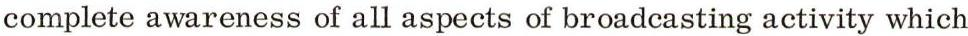
complete awareness of all aspects of broadcasting activity which